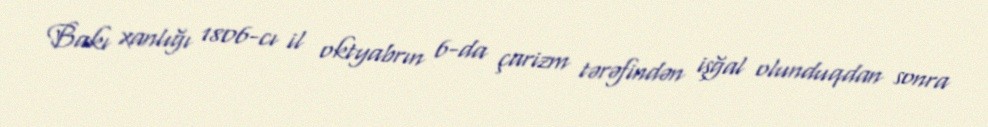
Bakı xanlığı 1806-cı il oktyabrın 6-da çarizm tərəfindən işğal olunduqdan sonra